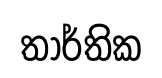
තාර්තික